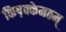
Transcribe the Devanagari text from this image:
किष़क्केमठम्